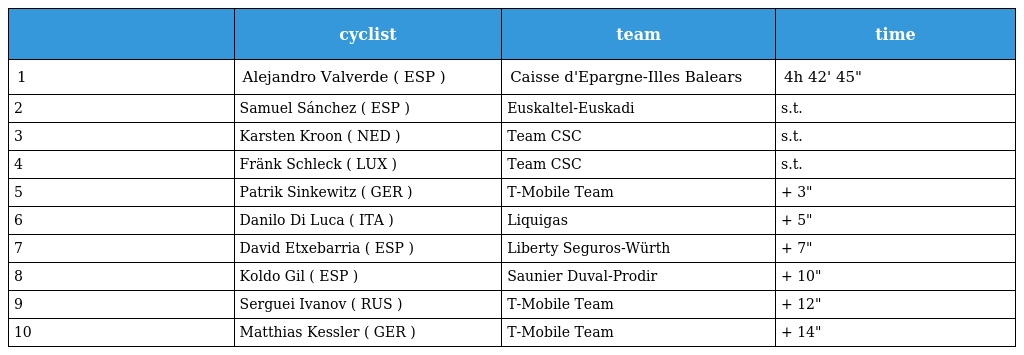
|  | cyclist | team | time |
 | --- | --- | --- | --- |
 | 1 | Alejandro Valverde ( ESP ) | Caisse d'Epargne-Illes Balears | 4h 42' 45" |
 | 2 | Samuel Sánchez ( ESP ) | Euskaltel-Euskadi | s.t. |
 | 3 | Karsten Kroon ( NED ) | Team CSC | s.t. |
 | 4 | Fränk Schleck ( LUX ) | Team CSC | s.t. |
 | 5 | Patrik Sinkewitz ( GER ) | T-Mobile Team | + 3" |
 | 6 | Danilo Di Luca ( ITA ) | Liquigas | + 5" |
 | 7 | David Etxebarria ( ESP ) | Liberty Seguros-Würth | + 7" |
 | 8 | Koldo Gil ( ESP ) | Saunier Duval-Prodir | + 10" |
 | 9 | Serguei Ivanov ( RUS ) | T-Mobile Team | + 12" |
 | 10 | Matthias Kessler ( GER ) | T-Mobile Team | + 14" |